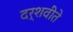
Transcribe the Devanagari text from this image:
दर्शवीते